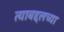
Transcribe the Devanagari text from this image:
त्याबद्दलच्या